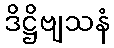
ဒိဋ္ဌိဗျသနံ